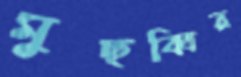
মুছব্বির